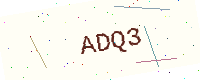
Text: ADQ3